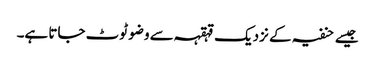
جیسے حنفیہ کے نزدیک قہقہہ سے وضو ٹوٹ جاتا ہے۔